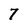
Character: 7